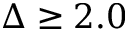
\Delta \geq 2 . 0